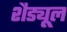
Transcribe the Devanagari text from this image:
शैड्यूल